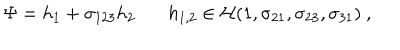
LaTeX: \Psi = h _ { 1 } + \sigma _ { 1 2 3 } h _ { 2 } ~ h _ { 1 , 2 } \in { \cal H } ( 1 , \sigma _ { 2 1 } , \sigma _ { 2 3 } , \sigma _ { 3 1 } ) ~ ,